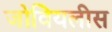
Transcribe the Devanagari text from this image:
जोवियलीस